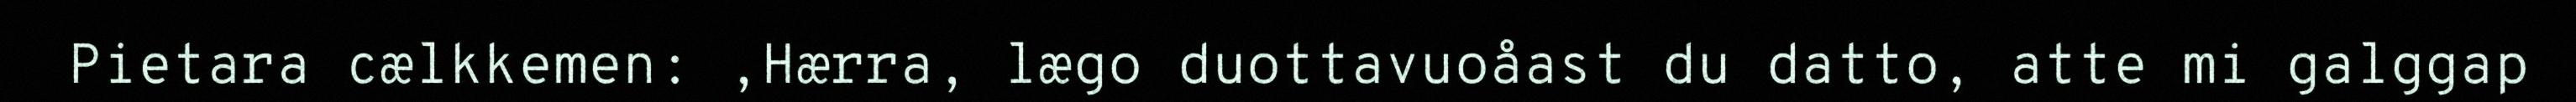
Pietara cælkkemen: ,Hærra, lægo duottavuoåast du datto, atte mi galggap